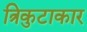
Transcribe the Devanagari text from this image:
त्रिकुटाकार